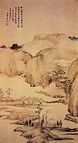
招魂楚些何嗟及，山鬼暗啼风雨。